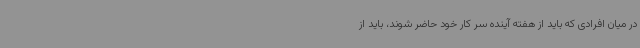
در میان افرادی که باید از هفته آینده سر کار خود حاضر شوند، باید از